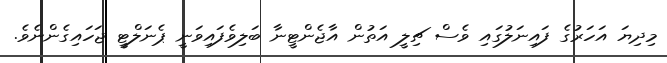
މިދިޔަ އަހަރުގެ ފައިނަލުގައި ވެސް ޗިލީ އަތުން އާޖެންޓީނާ ބަލިވެފައިވަނީ ޕެނަލްޓީ ޖަހައިގެންނެވެ.